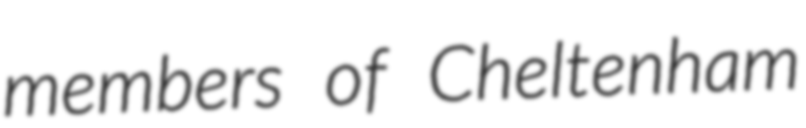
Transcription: members of Cheltenham